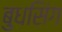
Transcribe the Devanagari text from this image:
बुधसिंग